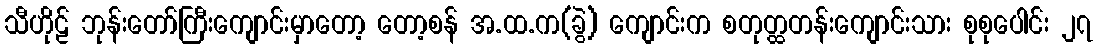
သီဟိုဠ် ဘုန်းတော်ကြီးကျောင်းမှာတော့ တော့စန် အ.ထ.က(ခွဲ) ကျောင်းက စတုတ္ထတန်းကျောင်းသား စုစုပေါင်း ၂၇